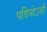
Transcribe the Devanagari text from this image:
पवित्रोऽसौ